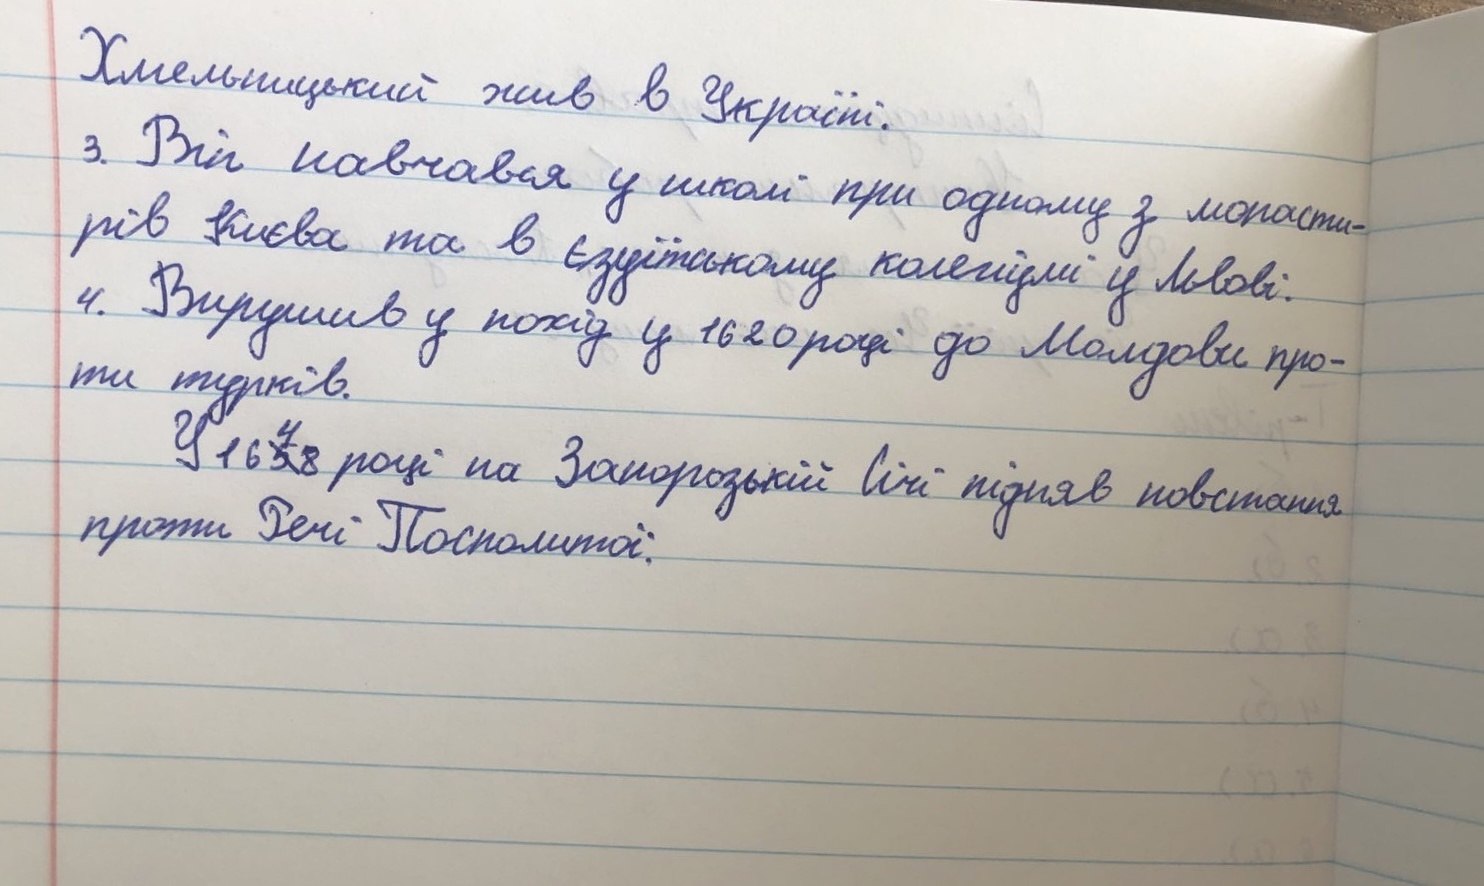
Хмельницький жив в Україні.
3.Він навчався у школі  при оному з монасти-
рів Києва та в єзуїтському колегіумі у Львові.
4. Вирушив у похід у 1620 році до Молдови про-
ти турків.
У 16 ~~5~~{4}8 році на Запорізькій Січі підняв повстання
проти Речі Посполитої.